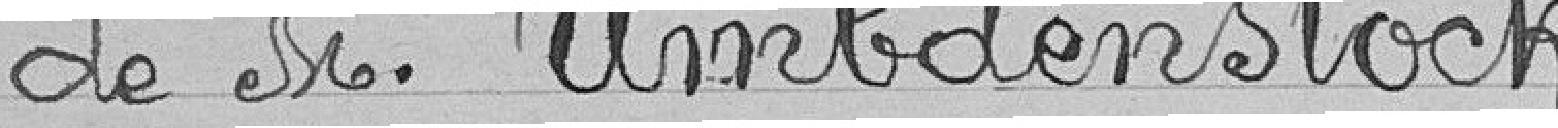
de Monsieur Umbdenstock